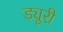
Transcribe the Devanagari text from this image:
ड्यूरी